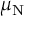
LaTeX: \mu _ { \mathrm { N } }